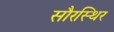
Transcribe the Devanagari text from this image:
सौरस्थिर